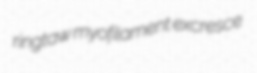
ringtaw myofilament excresce